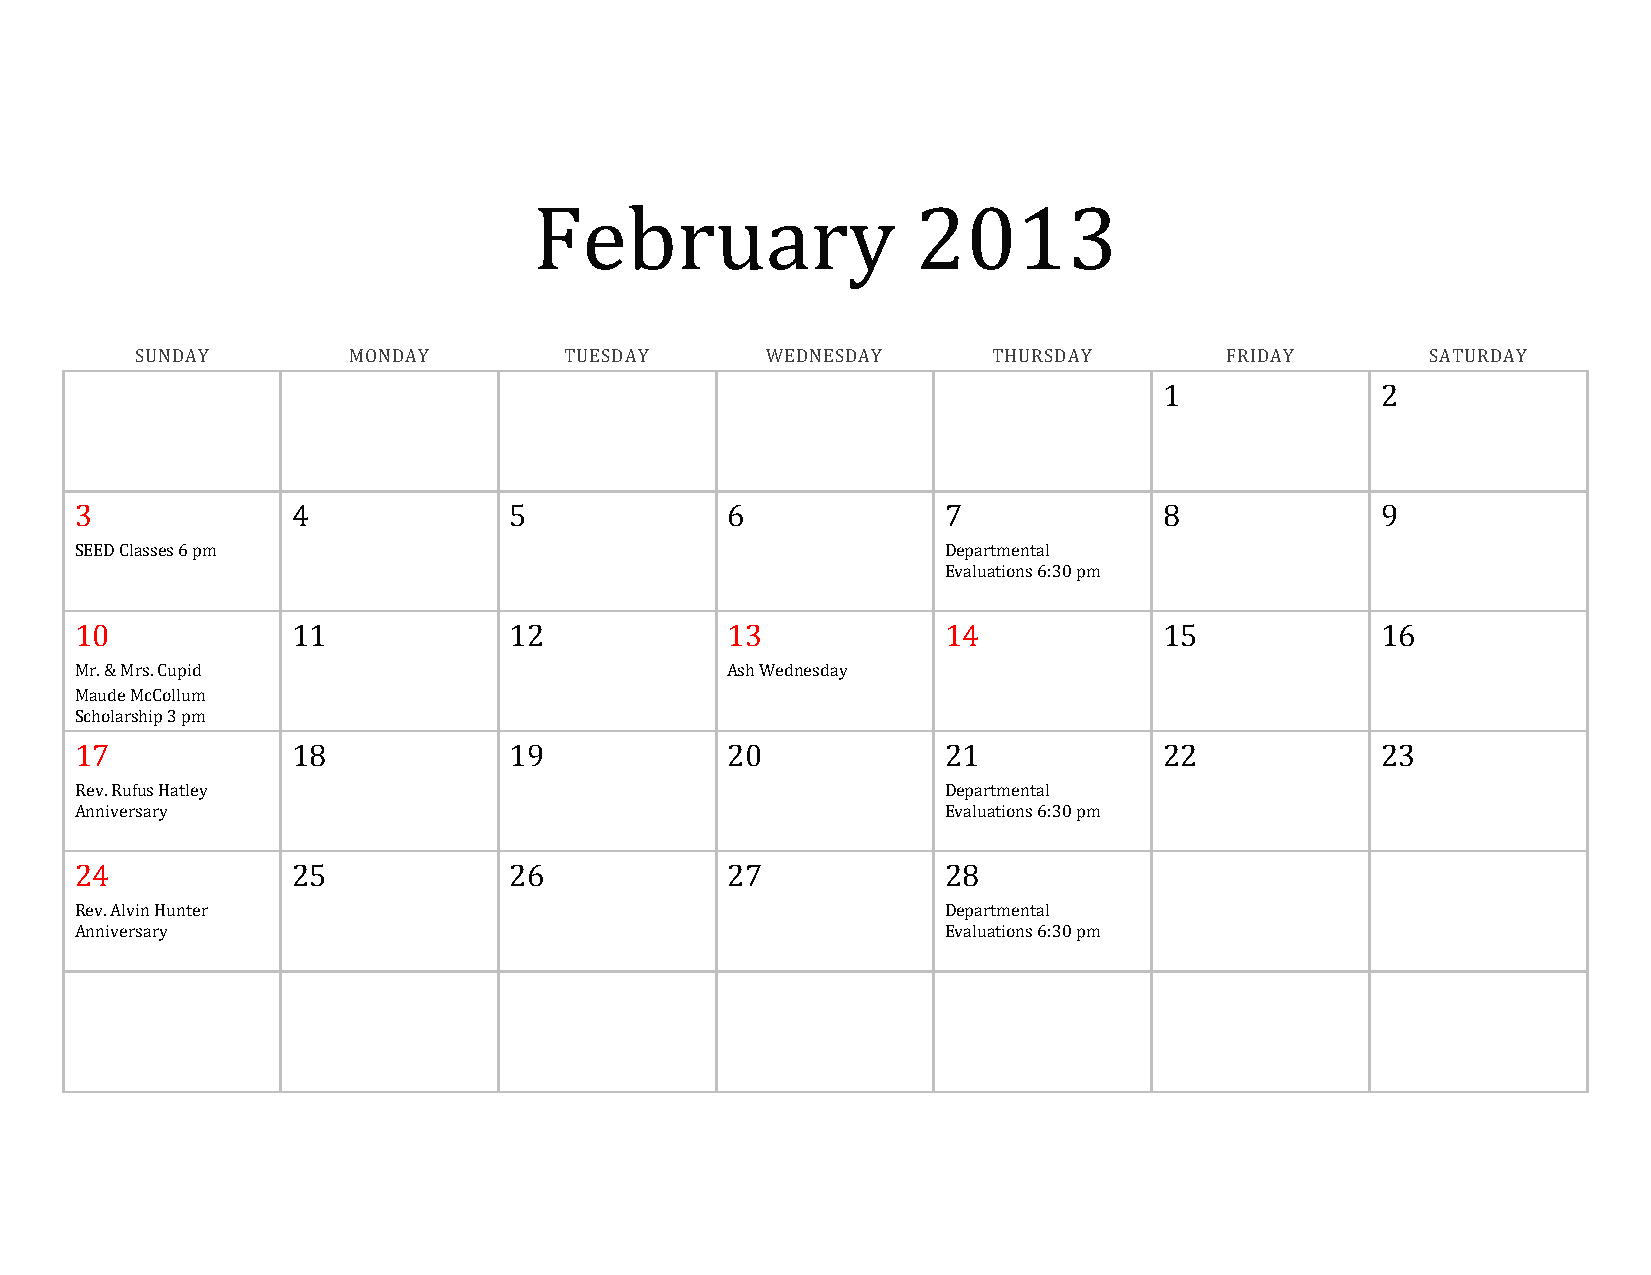
February                  2013
 SUNDAY        MONDAY        TUESDAY       WEDNESDAY      THURSDAY       FRIDAY        SATURDAY
 1             2
 3             4              5             6              7             8             9
 SEED Classes 6 pm                                         Departmental
 Evaluations 6:30 pm
 10            11             12            13             14            15            16
 Mr. & Mrs. Cupid                           Ash Wednesday
 Maude McCollum
 Scholarship 3 pm
 17            18             19            20             21            22            23
 Rev. Rufus Hatley                                         Departmental
 Anniversary                                               Evaluations 6:30 pm
 24            25             26            27             28
 Rev. Alvin Hunter                                         Departmental
 Anniversary                                               Evaluations 6:30 pm